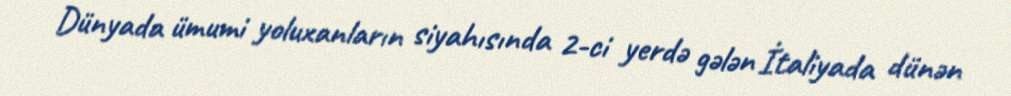
Dünyada ümumi yoluxanların siyahısında 2-ci yerdə gələn İtaliyada dünən